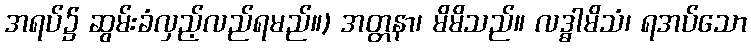
အရပ်၌ ဆွမ်းခံလှည့်လည်ရမည်။) အတ္တနာ၊ မိမိသည်။ လဒ္ဓါမိသံ၊ ရအပ်သော